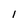
Character: I